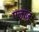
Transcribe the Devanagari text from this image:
एजाज